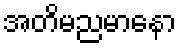
အတိမညမာနော